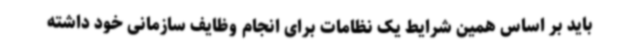
باید بر اساس همین شرایط یک نظامات برای انجام وظایف سازمانی خود داشته